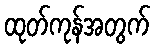
ထုတ်ကုန်အတွက်